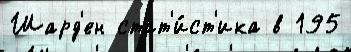
Шард'ен стат'и́ст'ика в 195